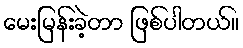
မေးမြန်းခဲ့တာ ဖြစ်ပါတယ်။